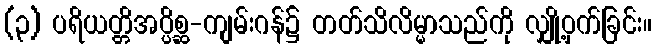
(၃) ပရိယတ္တိအပ္ပိစ္ဆ-ကျမ်းဂန်၌ တတ်သိလိမ္မာသည်ကို လျှို့ဝှက်ခြင်း။